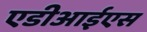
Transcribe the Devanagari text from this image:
एडीआईएस